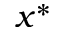
x ^ { * }